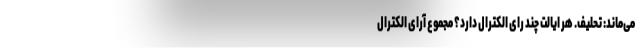
می‌ماند: تحلیف. هر ایالت چند رای الکترال دارد؟ مجموع آرای الکترال